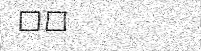
٣١